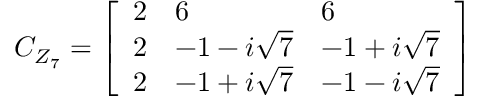
C _ { Z _ { 7 } } = \left[ \begin{array} { l l l } { { 2 } } & { { 6 } } & { { 6 } } \\ { { 2 } } & { { { { - 1 - i \sqrt { 7 } } } } } & { { { { - 1 + i \sqrt { 7 } } } } } \\ { { 2 } } & { { { { - 1 + i \sqrt { 7 } } } } } & { { { { - 1 - i \sqrt { 7 } } } } } \end{array} \right]